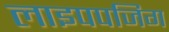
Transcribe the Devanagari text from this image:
लाइपपजिग